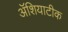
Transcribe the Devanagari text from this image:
ॲशियाटीक